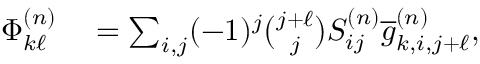
\begin{array} { r l } { \Phi _ { k \ell } ^ { ( n ) } } & { { } = \sum _ { i , j } ( - 1 ) ^ { j } \binom { j + \ell } { j } S _ { i j } ^ { ( n ) } \overline { { g } } _ { k , i , j + \ell } ^ { ( n ) } , } \end{array}